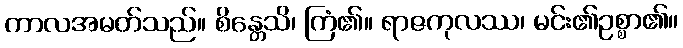
ကာလအမတ်သည်။ စိန္တေသိ၊ ကြံ၏။ ရာဇကုလဿ၊ မင်း၏ဥစ္စာ၏။